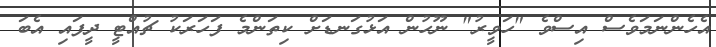
އެހެންނަމަވެސް އިސްވެ "ހަވީރު" ނޫހުން އަޅުގަނޑަށް ކިތަންމެ ފަހަރަކު ޗުއްޓީ ދީފައި އެބަ